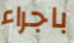
باجراء